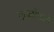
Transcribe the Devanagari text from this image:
गवळींमध्ये